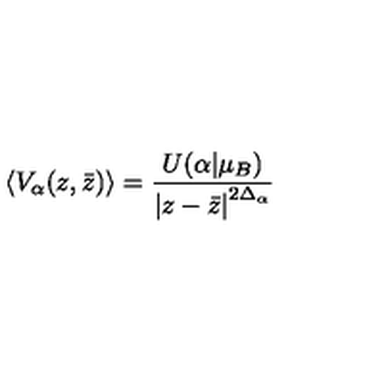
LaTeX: \left\langle V _ { \alpha } ( z , \bar { z } ) \right\rangle = \frac { U ( \alpha | \mu _ { B } ) } { \left| z - \bar { z } \right| ^ { 2 \Delta _ { \alpha } } } \nonumber